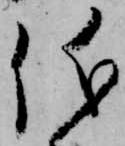
儀